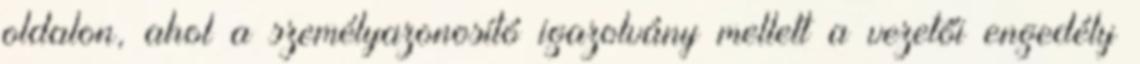
oldalon, ahol a személyazonosító igazolvány mellett a vezetői engedély